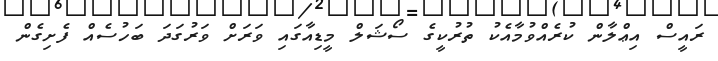
ރައީސް އިޢްލާން ކުރެއްވުމާއެކު ތުރުކީގެ ސޯޝަލް މީޑިއާގައި ވަރަށް ވަރުގަދަ ބަހުސެއް ފެށިގެން